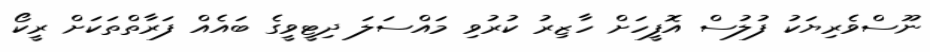
ނޫސްވެރިޔަކު ފުލުސް އޮފީހަށް ހާޒިރު ކުރުވި މައްސަލަ ދިޓީވީގެ ބައެއް ފަރާތްތަކަށް ރީކޯ